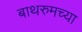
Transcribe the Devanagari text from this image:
बाथरुमच्‍या